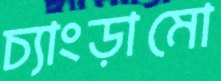
চ্যাংড়ামো